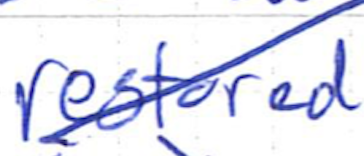
Text: restored
Cross-out: diagonal
Writing tool: ballpoint